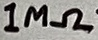
Text: 1MΩ